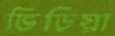
ভিড়িয়া